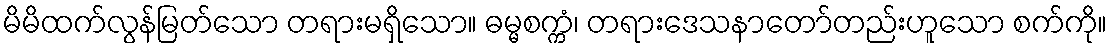
မိမိထက်လွန်မြတ်သော တရားမရှိသော။ ဓမ္မစက္ကံ၊ တရားဒေသနာတော်တည်းဟူသော စက်ကို။